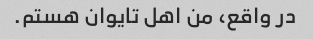
در واقع، من اهل تایوان هستم.